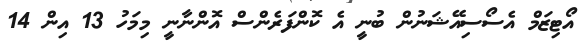
އޯޓިޒަމް އެސޯސިއޭޝަނުން ބުނީ އެ ކޮންފަރެންސް އޮންނާނީ މިމަހު 13 އިން 14